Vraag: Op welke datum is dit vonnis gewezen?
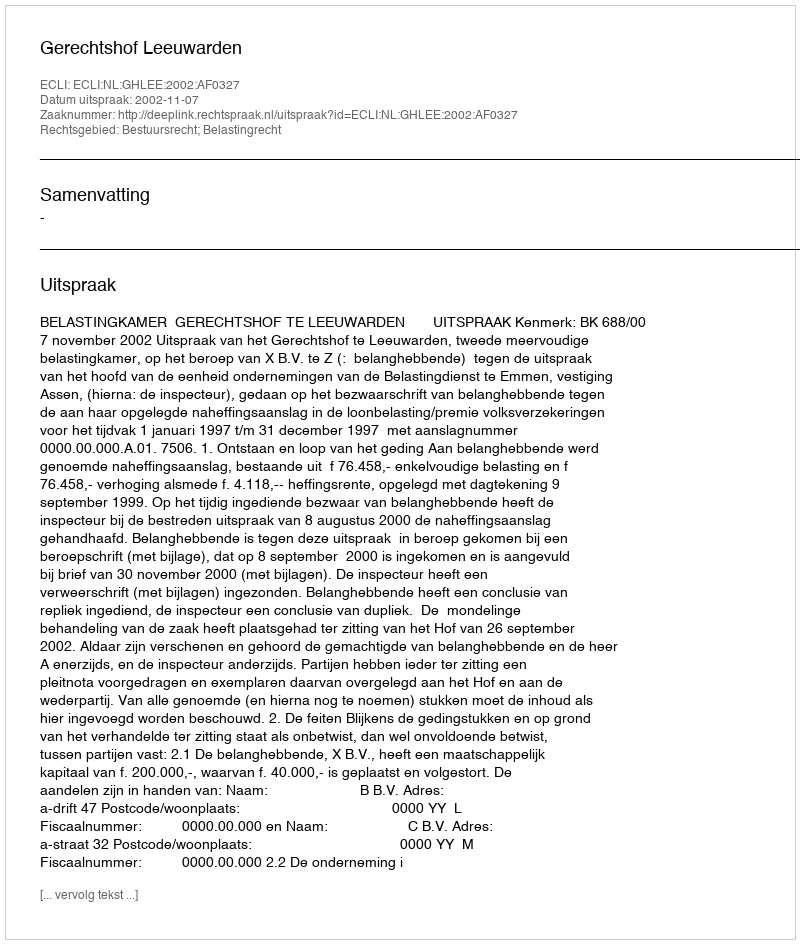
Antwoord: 2002-11-07